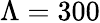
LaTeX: \Lambda=300